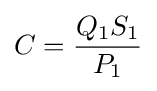
C={\frac {Q_{1}S_{1}}{P_{1}}}